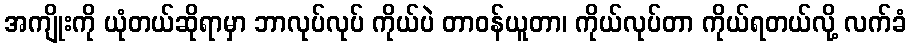
အကျိုးကို ယုံတယ်ဆိုရာမှာ ဘာလုပ်လုပ် ကိုယ်ပဲ တာဝန်ယူတာ၊ ကိုယ်လုပ်တာ ကိုယ်ရတယ်လို့ လက်ခံ